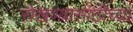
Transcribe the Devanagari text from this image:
रोखण्यासाठीच्या